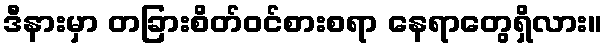
ဒီနားမှာ တခြားစိတ်ဝင်စားစရာ နေရာတွေရှိလား။